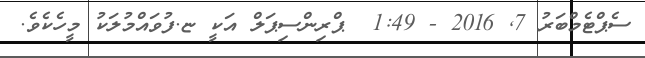
ސެޕްޓެމްބަރު 7